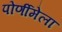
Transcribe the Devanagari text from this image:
पोर्णीमेला